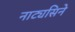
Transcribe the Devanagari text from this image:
नाट्यसिने